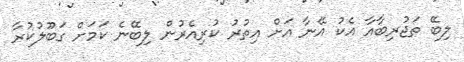
ލިބޭ ތަޖުރިބާއާ އެކު އޭނާ އަށް އިތުރު ކުރިއެރުން ލިބޭނެ ކަމަށް ގަބޫލުކުރާ